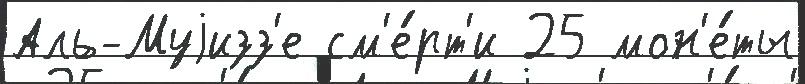
Аль-Муjизз'е см'е́рт'и 25 мон'е́ты